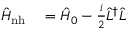
\begin{array} { r l } { \hat { H } _ { \mathrm { n h } } } & { { } = \hat { H } _ { 0 } - \frac { i } { 2 } \hat { L } ^ { \dagger } \hat { L } } \end{array}